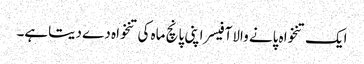
ایک تنخواہ پانے والا آفیسر اپنی پانچ ماہ کی تنخواہ دے دیتاہے۔